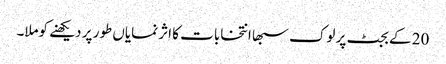
20 کے بجٹ پر لوک سبھا انتخابات کا اثر نمایاں طور پر دیکھنے کوملا۔